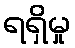
ရရှိမှု